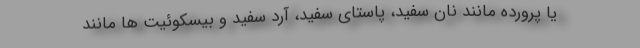
یا پرورده مانند نان سفید، پاستای سفید، آرد سفید و بیسکوئیت ها مانند